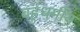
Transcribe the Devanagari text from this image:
बहुधर्मीय